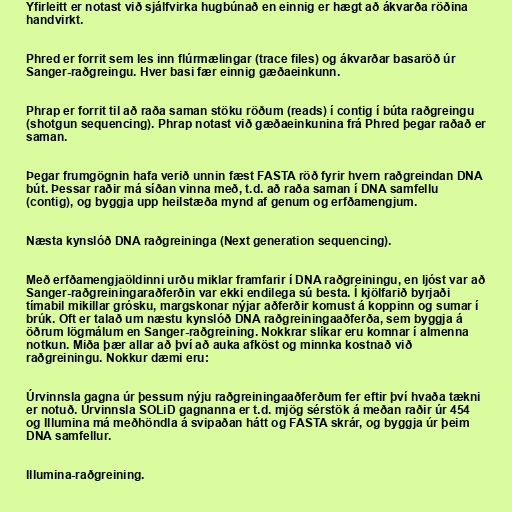
Yfirleitt er notast við sjálfvirka hugbúnað en einnig er hægt að ákvarða röðina
handvirkt.

Phred er forrit sem les inn flúrmælingar (trace files) og ákvarðar basaröð úr
Sanger-raðgreingu. Hver basi fær einnig gæðaeinkunn.

Phrap er forrit til að raða saman stöku röðum (reads) í contig í búta raðgreingu
(shotgun sequencing). Phrap notast við gæðaeinkunina frá Phred þegar raðað er
saman.

Þegar frumgögnin hafa verið unnin fæst FASTA röð fyrir hvern raðgreindan DNA
bút. Þessar raðir má síðan vinna með, t.d. að raða saman í DNA samfellu
(contig), og byggja upp heilstæða mynd af genum og erfðamengjum.

Næsta kynslóð DNA raðgreininga (Next generation sequencing).

Með erfðamengjaöldinni urðu miklar framfarir í DNA raðgreiningu, en ljóst var að
Sanger-raðgreiningaraðferðin var ekki endilega sú besta. Í kjölfarið byrjaði
tímabil mikillar grósku, margskonar nýjar aðferðir komust á koppinn og sumar í
brúk. Oft er talað um næstu kynslóð DNA raðgreiningaaðferða, sem byggja á
öðrum lögmálum en Sanger-raðgreining. Nokkrar slíkar eru komnar í almenna
notkun. Miða þær allar að því að auka afköst og minnka kostnað við
raðgreiningu. Nokkur dæmi eru:

Úrvinnsla gagna úr þessum nýju raðgreiningaaðferðum fer eftir því hvaða tækni
er notuð. Úrvinnsla SOLiD gagnanna er t.d. mjög sérstök á meðan raðir úr 454
og Illumina má meðhöndla á svipaðan hátt og FASTA skrár, og byggja úr þeim
DNA samfellur.

Illumina-raðgreining.